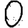
Digit: 0